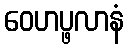
ဝေဟပ္ဖလာနံ